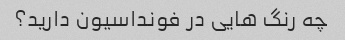
چه رنگ هایی در فونداسیون دارید؟